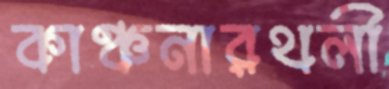
কাঞ্চনারথলী